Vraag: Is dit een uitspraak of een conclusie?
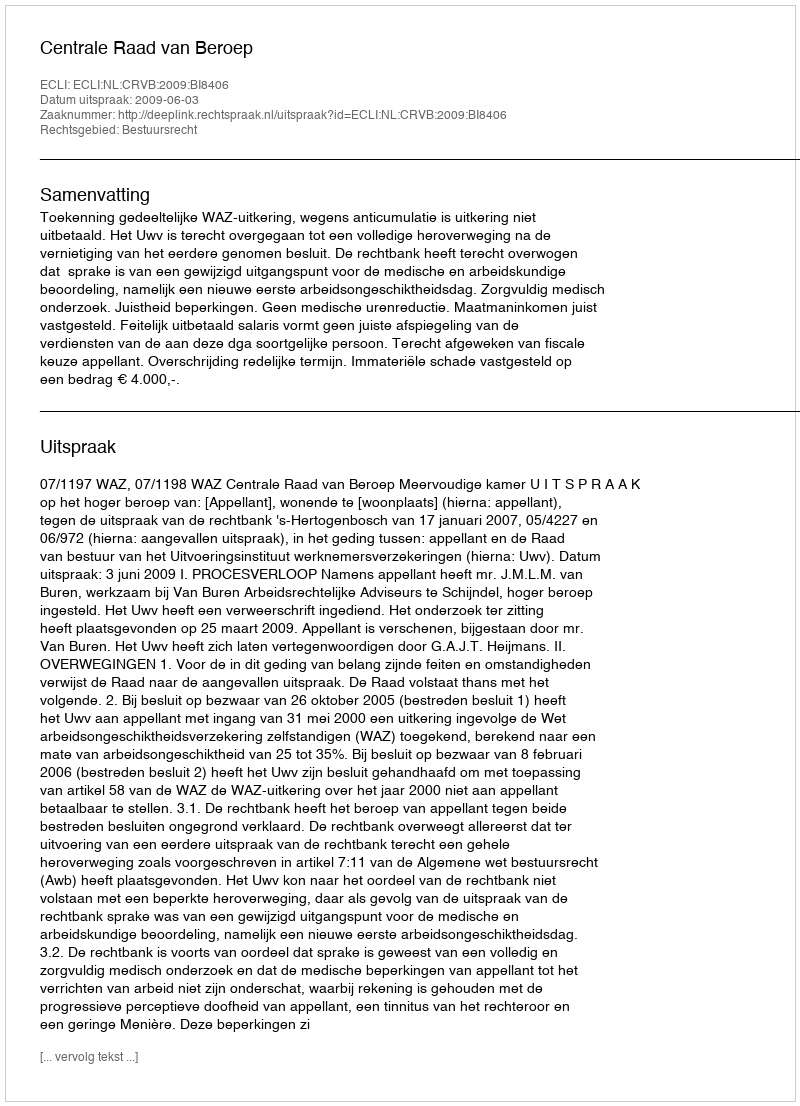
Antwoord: Uitspraak